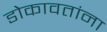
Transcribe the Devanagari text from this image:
डोकावतांना